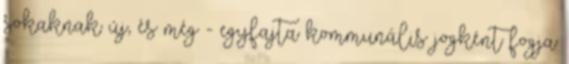
sokaknak új, és még - egyfajta kommunális jogként fogja